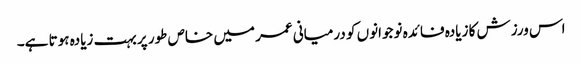
اس ورزش کا زیادہ فائدہ نوجوانوں کو درمیانی عمر میں خاص طور پر بہت زیادہ ہوتا ہے۔